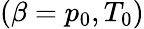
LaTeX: (\beta=p_{0},T_{0})